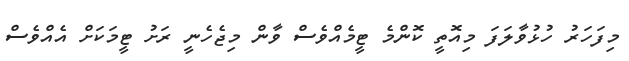
މިފަހަރު ހުޅުވާލަފަ މިއޮތީ ކޮންމެ ޓީމެއްވެސް ވާން މިޖެހެނީ ރަށު ޓީމަކަށް އެއްވެސް